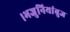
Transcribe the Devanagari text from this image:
।भजुनियांबुज